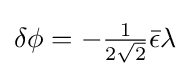
\delta \phi =-{\tfrac {1}{2{\sqrt {2}}}}{\bar {\epsilon }}\lambda